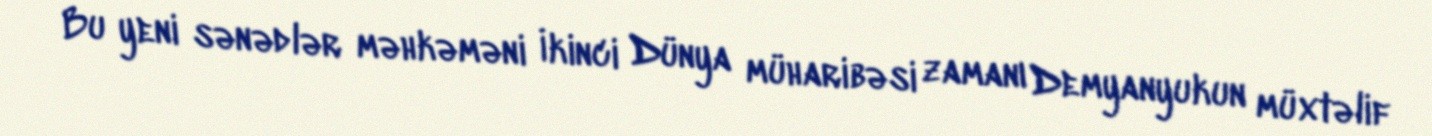
Bu yeni sənədlər məhkəməni İkinci Dünya müharibəsi zamanı Demyanyukun müxtəlif